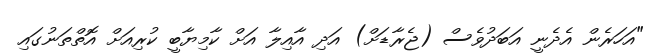
"އަހަރެން އެދެނީ އަބަދުވެސް (ޖެރާޑަށް) އަދި އާއިލާ އަށް ކާމިޔާބީ ކުރިއަށް އޮތްތަނުގައި